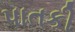
પાતકી